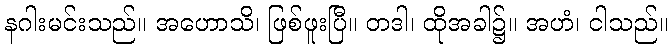
နဂါးမင်းသည်။ အဟောသိ၊ ဖြစ်ဖူးပြီ။ တဒါ၊ ထိုအခါ၌။ အဟံ၊ ငါသည်။